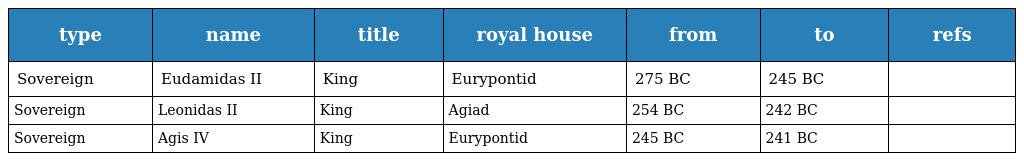
| type | name | title | royal house | from | to | refs |
 | --- | --- | --- | --- | --- | --- | --- |
 | Sovereign | Eudamidas II | King | Eurypontid | 275 BC | 245 BC |  |
 | Sovereign | Leonidas II | King | Agiad | 254 BC | 242 BC |  |
 | Sovereign | Agis IV | King | Eurypontid | 245 BC | 241 BC |  |